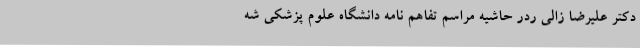
دکتر علیرضا زالی ردر حاشیه مراسم تفاهم نامه دانشگاه علوم پزشکی شه